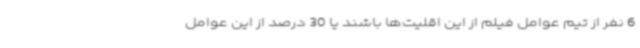
6 نفر از تیم عوامل فیلم از این اقلیت‌ها باشند یا 30 درصد از این عوامل